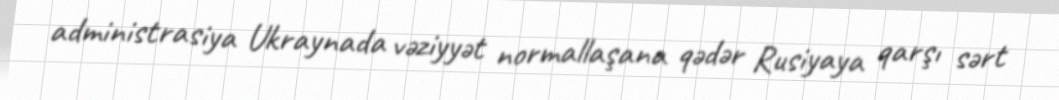
administrasiya Ukraynada vəziyyət normallaşana qədər Rusiyaya qarşı sərt